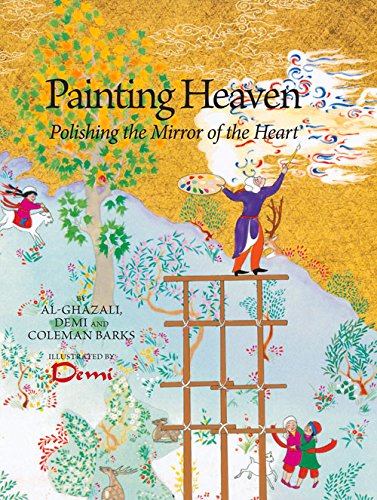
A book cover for Painting Heaven: Polishing the Mirror of the Heart; Demi Hunt; Children's Books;